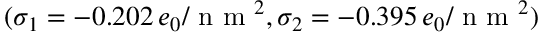
( \sigma _ { 1 } = - 0 . 2 0 2 \, e _ { 0 } / \textrm { n m } ^ { 2 } , \sigma _ { 2 } = - 0 . 3 9 5 \, e _ { 0 } / \textrm { n m } ^ { 2 } )